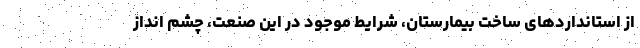
از استانداردهای ساخت بیمارستان، شرایط موجود در این صنعت، چشم انداز